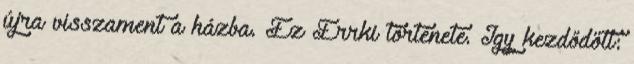
újra visszament a házba. Ez Errki története. Így kezdődött: